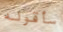
سأقوله